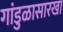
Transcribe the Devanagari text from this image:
गांडुळासारखा